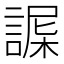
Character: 𧩴